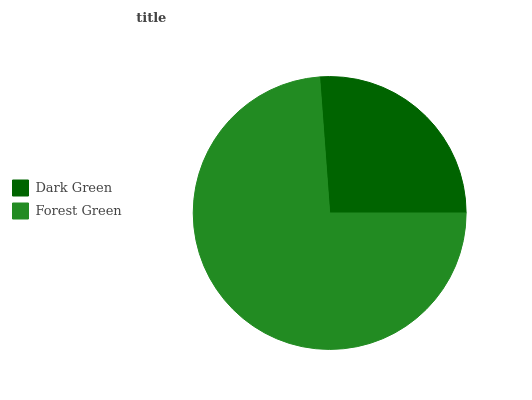
| Dark Green | Forest Green |
 | --- | --- |
 | 26.1% | 73.9% |